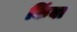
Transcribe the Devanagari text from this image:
किंबा